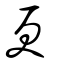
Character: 更